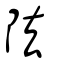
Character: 阹